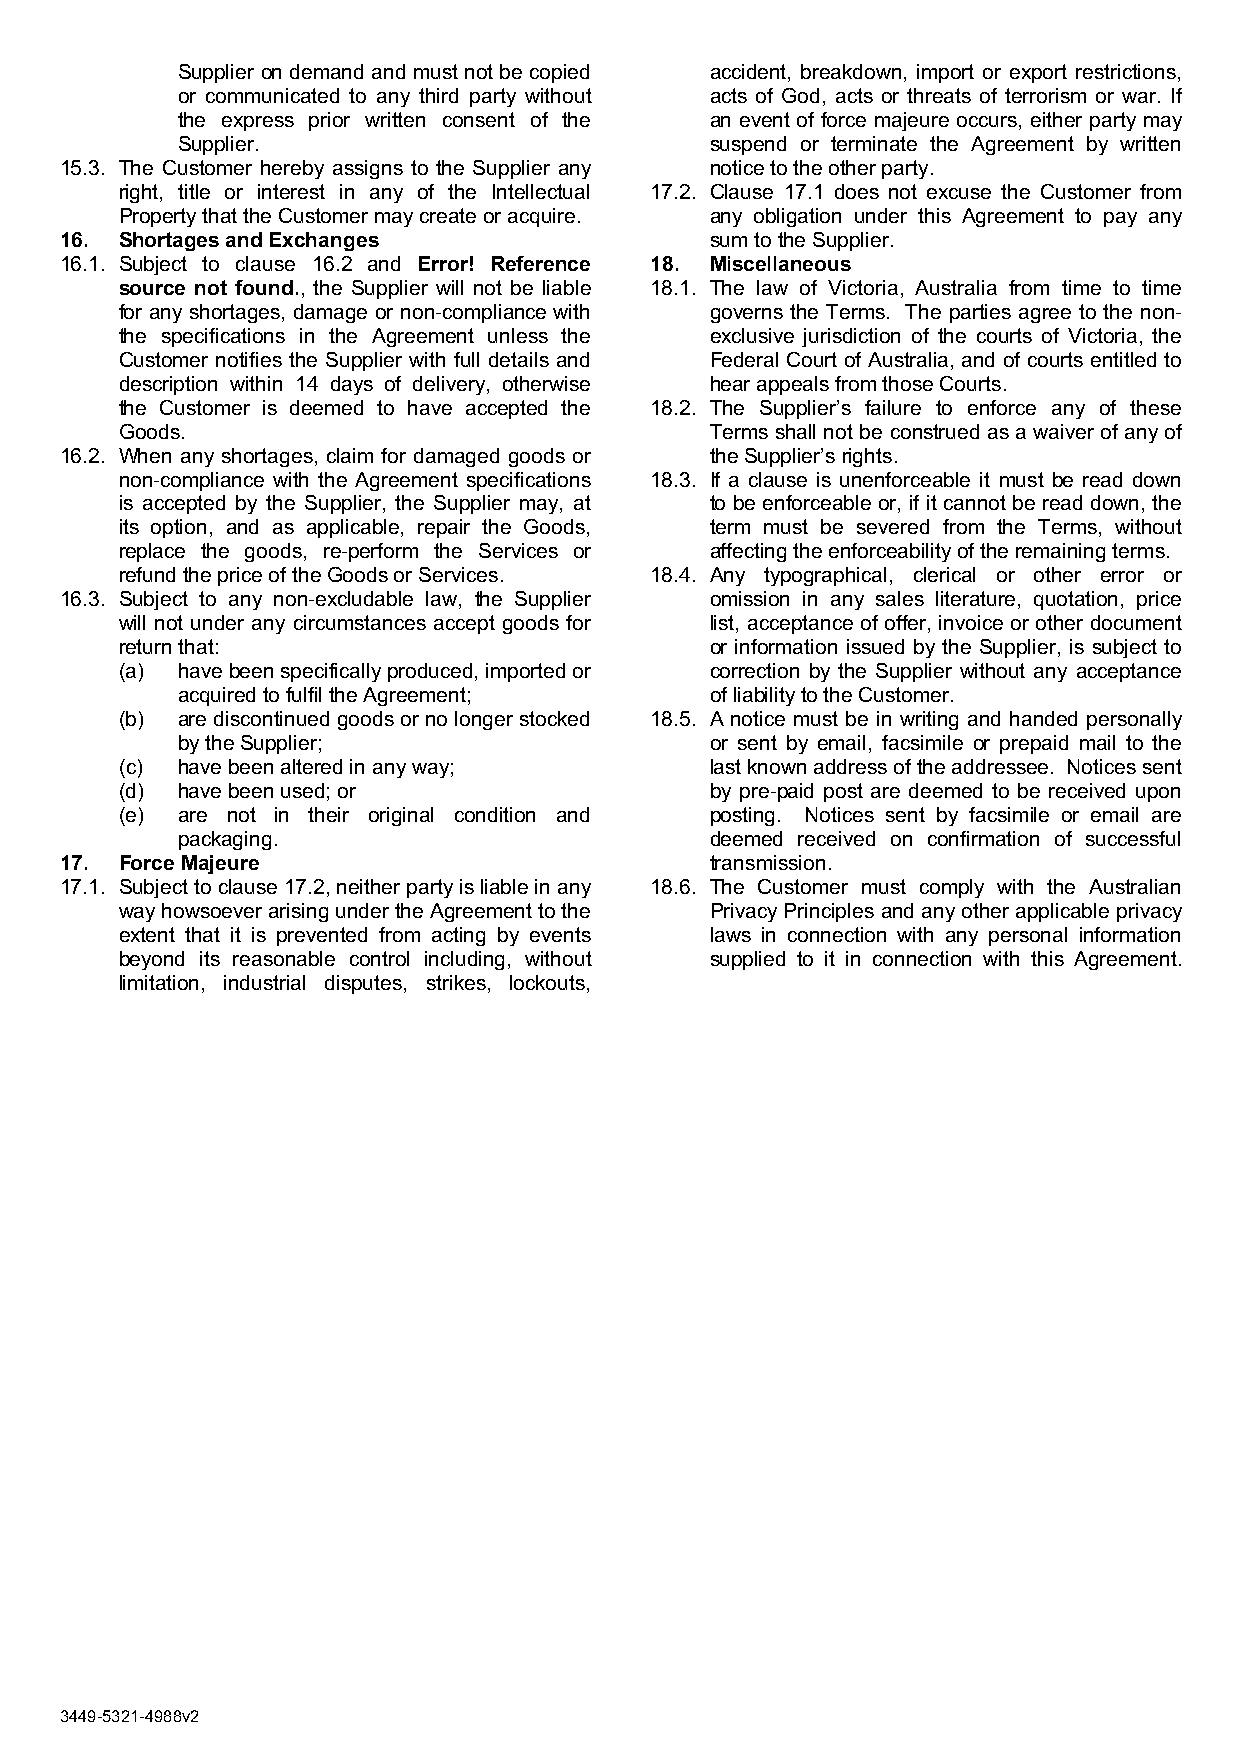
Supplier on demand and must not be copied accident, breakdown, import or export restrictions,
 or communicated to any third party without acts of God, acts or threats of terrorism or war. If
 the express prior written consent of the an event of force majeure occurs, either party may
 Supplier.                          suspend or terminate the Agreement by written
 15.3. The Customer hereby assigns to the Supplier any notice to the other party.
 right, title or interest in any of the Intellectual 17.2. Clause 17.1 does not excuse the Customer from
 Property that the Customer may create or acquire. any obligation under this Agreement to pay any
 16. Shortages and Exchanges                sum to the Supplier.
 16.1. Subject to clause 16.2 and Error! Reference 18. Miscellaneous
 source not found., the Supplier will not be liable 18.1. The law of Victoria, Australia from time to time
 for any shortages, damage or non-compliance with governs the Terms. The parties agree to the non-
 the specifications in the Agreement unless the exclusive jurisdiction of the courts of Victoria, the
 Customer notifies the Supplier with full details and Federal Court of Australia, and of courts entitled to
 description within 14 days of delivery, otherwise hear appeals from those Courts.
 the Customer is deemed to have accepted the 18.2. The Supplier’s failure to enforce any of these
 Goods.                                 Terms shall not be construed as a waiver of any of
 16.2. When any shortages, claim for damaged goods or the Supplier’s rights.
 non-compliance with the Agreement specifications 18.3. If a clause is unenforceable it must be read down
 is accepted by the Supplier, the Supplier may, at to be enforceable or, if it cannot be read down, the
 its option, and as applicable, repair the Goods, term must be severed from the Terms, without
 replace the goods, re-perform the Services or affecting the enforceability of the remaining terms.
 refund the price of the Goods or Services. 18.4. Any typographical, clerical or other error or
 16.3. Subject to any non-excludable law, the Supplier omission in any sales literature, quotation, price
 will not under any circumstances accept goods for list, acceptance of offer, invoice or other document
 return that:                           or information issued by the Supplier, is subject to
 (a) have been specifically produced, imported or correction by the Supplier without any acceptance
 acquired to fulfil the Agreement;  of liability to the Customer.
 (b) are discontinued goods or no longer stocked 18.5. A notice must be in writing and handed personally
 by the Supplier;                   or sent by email, facsimile or prepaid mail to the
 (c) have been altered in any way;      last known address of the addressee. Notices sent
 (d) have been used; or                 by pre-paid post are deemed to be received upon
 (e) are not in their original condition and posting. Notices sent by facsimile or email are
 packaging.                         deemed received on confirmation of successful
 17. Force Majeure                          transmission.
 17.1. Subject to clause 17.2, neither party is liable in any 18.6. The Customer must comply with the Australian
 way howsoever arising under the Agreement to the Privacy Principles and any other applicable privacy
 extent that it is prevented from acting by events laws in connection with any personal information
 beyond its reasonable control including, without supplied to it in connection with this Agreement.
 limitation, industrial disputes, strikes, lockouts,
 3449-5321-4988v2